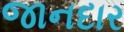
જાનદાર